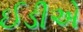
ઈડીએ